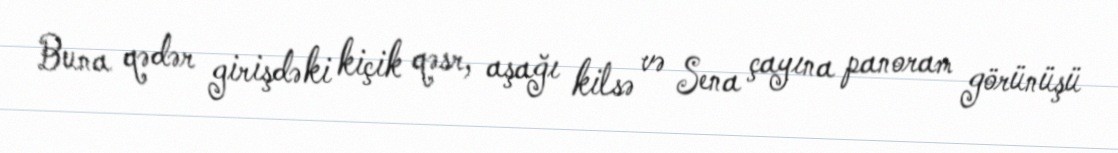
Buna qədər girişdəki kiçik qəsr, aşağı kilsə və Sena çayına panoram görünüşü